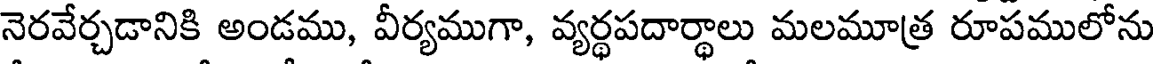
నెరవేర్చడానికి అండము, వీర్యముగా, వ్యర్థపదార్థాలు మలమూత్ర రూపములోను